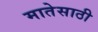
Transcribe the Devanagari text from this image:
मातेसाठी